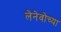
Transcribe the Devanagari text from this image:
लेनेवोच्या